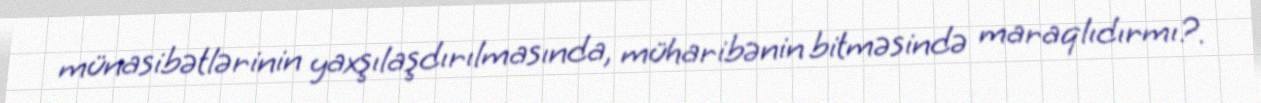
münasibətlərinin yaxşılaşdırılmasında, müharibənin bitməsində maraqlıdırmı?.